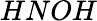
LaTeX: HNOH